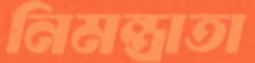
নিমন্ত্রাতা